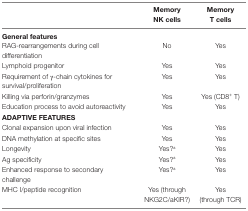
|  | Memory NK cells | Memory T cells |
 | --- | --- | --- |
 | <COLSPAN=3> General features |
 | RAG-rearrangements during cell differentiation | No | Yes |
 | Lymphoid progenitor | Yes | Yes |
 | Requirement of γ-chain cytokines for survival/proliferation | Yes | Yes |
 | Killing via perforin/granzymes | Yes | Yes (CD8+ T) |
 | Education process to avoid autoreactivity | Yes | Yes |
 | <COLSPAN=3> ADAPTIVE FEATURES |
 | Clonal expansion upon viral infection | Yes | Yes |
 | DNA methylation at specific sites | Yes | Yes |
 | Longevity | Yes?a | Yes |
 | Ag specificity | Yes?a | Yes |
 | Enhanced response to secondary challenge | Yes?a | Yes |
 | MHC I/peptide recognition | Yes (through NKG2C/aKIR?) | Yes (through TCR) |